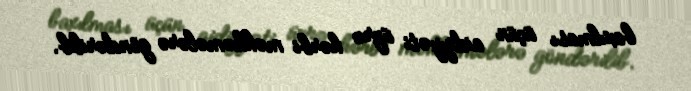
baxılması üçün aidiyyəti üzrə hərbi məhkəmələrə göndərilib.